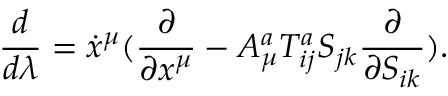
\frac { d } { d \lambda } = \dot { x } ^ { \mu } ( \frac { \partial } { \partial x ^ { \mu } } - A _ { \mu } ^ { a } T _ { i j } ^ { a } S _ { j k } \frac { \partial } { \partial S _ { i k } } ) .